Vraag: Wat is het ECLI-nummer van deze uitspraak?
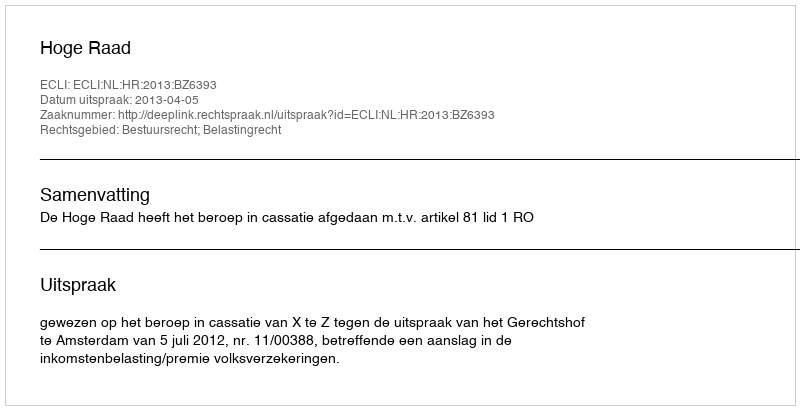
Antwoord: ECLI:NL:HR:2013:BZ6393